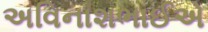
અવિનાશભાઈએ